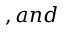
, a n d